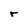
Character: r